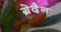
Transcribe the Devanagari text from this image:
ग्रेदैन